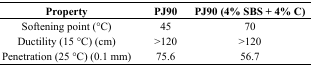
| Property | PJ90 | PJ90 (4% SBS + 4% C) |
 | --- | --- | --- |
 | Softening point (°C) | 45 | 70 |
 | Ductility (15 °C) (cm) | >120 | >120 |
 | Penetration (25 °C) (0.1 mm) | 75.6 | 56.7 |